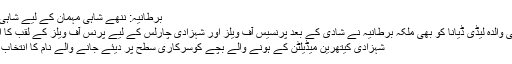
برطانیہ: ننھے شاہی مہمان کے لیے شاہی لقب کا اعلان
شہزادہ ولیم کی والدہ لیڈی ڈیانا کو بھی ملکہ برطانیہ نے شادی کے بعد پرنسیس آف ویلز اور شہزادی چارلس کے لیے پرنس آف ویلز کے لقب کا انتخاب کیا تھا
شہزادی کیتھرین میڈیلٹن کے ہونے والے بچے کوسرکاری سطح پر دیئے جانے والے نام کا انتخاب کرلیا گیا ہے۔